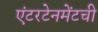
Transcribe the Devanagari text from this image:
एंटरटेनमेंटची